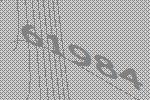
61984